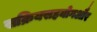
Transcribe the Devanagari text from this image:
सक्रियसहयोगऔर